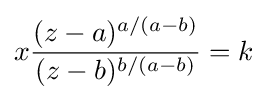
x{\frac {(z-a)^{a/(a-b)}}{(z-b)^{b/(a-b)}}}=k